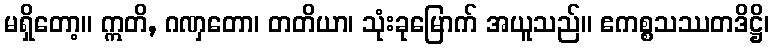
မရှိတော့။ ဣတိ, ဂဏှတော၊ တတိယာ၊ သုံးခုမြောက် အယူသည်။ ဧကစ္စသဿတဒိဋ္ဌိ၊